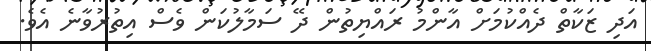
އަދި ޒަކާތް ދެއްކުމަށް އާންމު ރައްޔިތުން ދޭ ސަމާލުކަން ވެސް އިތުރުވާނެ އެވެ.